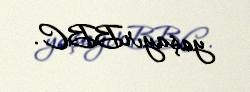
yaşayırBBC.